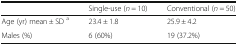
<table><thead><tr><td></td><td><b>Single-use (<i>n</i> = 10)</b></td><td><b>Conventional (<i>n</i> = 50)</b></td></tr></thead><tbody><tr><td>Age (yr) mean ± SD <sup>a</sup></td><td>23.4 ± 1.8</td><td>25.9 ± 4.2</td></tr><tr><td>Males (%)</td><td>6 (60%)</td><td>19 (37.2%)</td></tr></tbody></table>